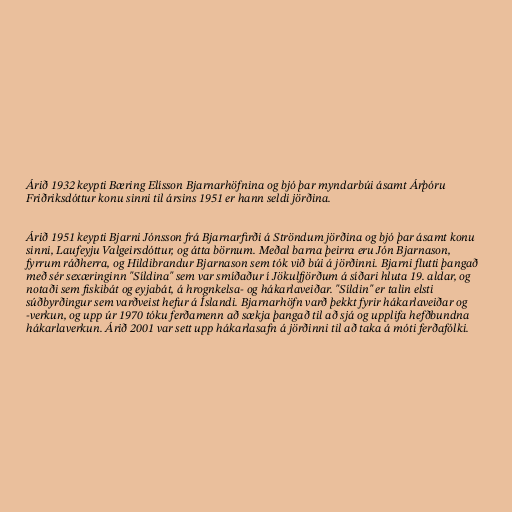
Árið 1932 keypti Bæring Elísson Bjarnarhöfnina og bjó þar myndarbúi ásamt Árþóru
Friðriksdóttur konu sinni til ársins 1951 er hann seldi jörðina.

Árið 1951 keypti Bjarni Jónsson frá Bjarnarfirði á Ströndum jörðina og bjó þar ásamt konu
sinni, Laufeyju Valgeirsdóttur, og átta börnum. Meðal barna þeirra eru Jón Bjarnason,
fyrrum ráðherra, og Hildibrandur Bjarnason sem tók við búi á jörðinni. Bjarni flutti þangað
með sér sexæringinn "Síldina" sem var smíðaður í Jökulfjörðum á síðari hluta 19. aldar, og
notaði sem fiskibát og eyjabát, á hrognkelsa- og hákarlaveiðar. "Síldin" er talin elsti
súðbyrðingur sem varðveist hefur á Íslandi. Bjarnarhöfn varð þekkt fyrir hákarlaveiðar og
-verkun, og upp úr 1970 tóku ferðamenn að sækja þangað til að sjá og upplifa hefðbundna
hákarlaverkun. Árið 2001 var sett upp hákarlasafn á jörðinni til að taka á móti ferðafólki.